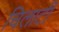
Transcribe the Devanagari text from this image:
चिलाटी